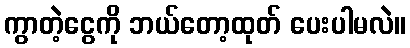
ကွာတဲ့ငွေကို ဘယ်တော့ထုတ် ပေးပါမလဲ။